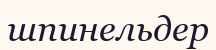
шпинельдер